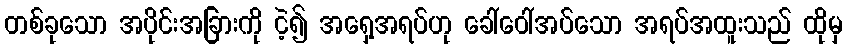
တစ်ခုသော အပိုင်းအခြားကို ငဲ့၍ အရှေ့အရပ်ဟု ခေါ်ဝေါ်အပ်သော အရပ်အထူးသည် ထိုမှ